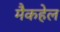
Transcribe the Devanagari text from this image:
मैकहेल